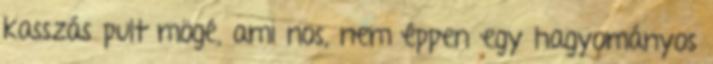
kasszás pult mögé, ami nos, nem éppen egy hagyományos